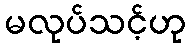
မလုပ်သင့်ဟု